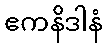
ဧကနိဒါနံ